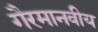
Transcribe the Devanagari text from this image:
गैरमानवीय